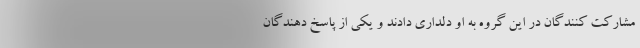
مشارکت کنندگان در این گروه به او دلداری دادند و یکی از پاسخ دهندگان